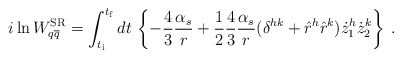
\begin{align*}i \ln W^{{\rm SR}}_{q\overline{q}} = \int_{t_{\rm i}}^{t_{\rm f}} dt \,\left\{ - \frac{4}{3} \frac{\alpha_s}{r} + \frac{1}{2}\frac{4}{3} \frac{\alpha_s}{r} (\delta^{hk} + \hat{r}^h\hat{r}^k) \dot{z}_1^h \dot{z}_2^k \right\} \> .\end{align*}